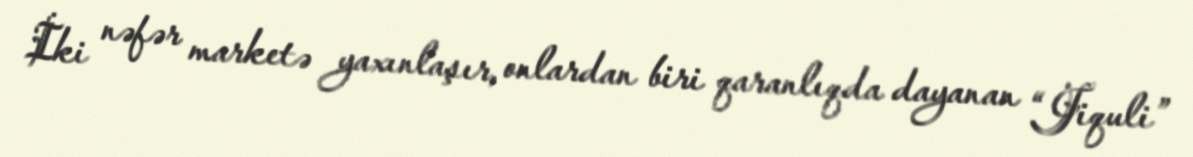
İki nəfər marketə yaxınlaşır, onlardan biri qaranlıqda dayanan “Jiquli”